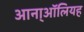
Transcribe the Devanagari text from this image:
आना्ऑलियह